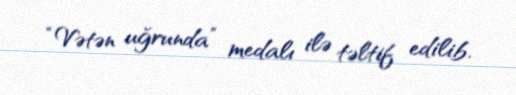
“Vətən uğrunda” medalı ilə təltif edilib.